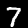
Label: 7